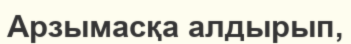
Арзымасқа алдырып,